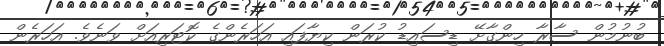
ބުނުމުން ސާރާ ހިންގާށޭ ޑިސައިޑު ކުރަން ކިޔާފައި އަހަރެންގެ ކޮޓަރިއަށް ވަނެވެ. އަހަރެން